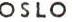
OSLO